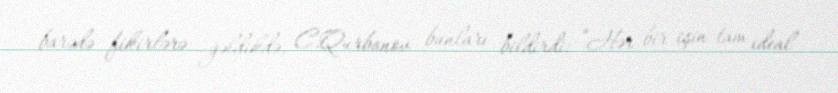
barədə fikirlərə gəldikdə, C.Qurbanov bunları bildirdi: “Hər bir işin tam ideal